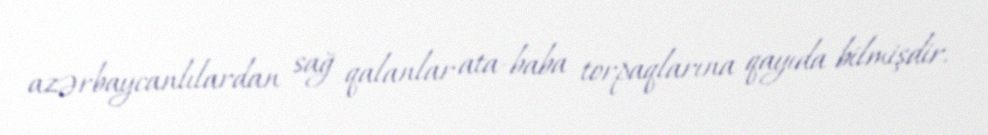
azərbaycanlılardan sağ qalanlar ata-baba torpaqlarına qayıda bilmişdir.